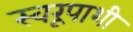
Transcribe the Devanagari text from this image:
स्वरूपाशी